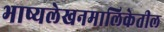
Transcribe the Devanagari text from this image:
भाष्यलेखनमालिकेतील